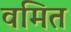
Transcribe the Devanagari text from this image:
वमित